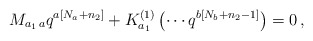
\begin{align*}M_{a_{1}\,a}q^{a\left[ N_{a}+n_{2}\right] }+K_{a_{1}}^{\left( 1\right)}\left( \cdots q^{b\left[ N_{b}+n_{2}-1\right] }\right) =0\,, \end{align*}